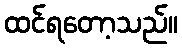
ထင်ရတော့သည်။